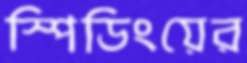
স্পিডিংয়ের